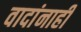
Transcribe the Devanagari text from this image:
वादांनाही